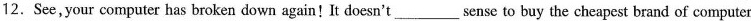
12.See,your computer has broken down again!It doesn't ___ sense to buy the cheapest brand of computer